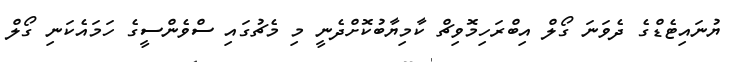
ޔުނައިޓެޑްގެ ދެވަނަ ގޯލް އިބްރަހިމޮވިޗް ކާމިޔާބުކޮށްދެނީ މި މެޗުގައި ސްވެންސީގެ ހަމައެކަނި ގޯލް